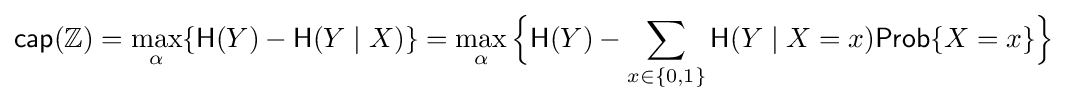
{\mathsf {cap}}(\mathbb {Z} )=\max _{\alpha }\{{\mathsf {H}}(Y)-{\mathsf {H}}(Y\mid X)\}=\max _{\alpha }{\Bigl \{}{\mathsf {H}}(Y)-\sum _{x\in \{0,1\}}{\mathsf {H}}(Y\mid X=x){\mathsf {Prob}}\{X=x\}{\Bigr \}}